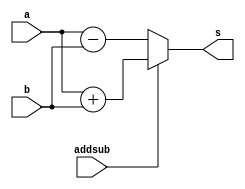
module addorsub (a, b, addsub, s);
  input [4:0] a, b;
  input addsub;
  output [4:0] s;
  
  assign s =(addsub==1)? a + b : a - b;
  
endmodule